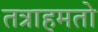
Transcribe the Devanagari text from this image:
तत्राहमतो